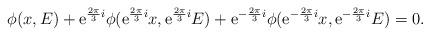
LaTeX: \begin{align*}\phi(x,E)+{\rm e}^{\frac{2\pi}{3}i} \phi({\rm e}^{\frac{2\pi}{3}i} x, {\rm e}^{\frac{2\pi}{3}i} E) +{\rm e}^{-\frac{2\pi}{3}i} \phi({\rm e}^{-\frac{2\pi}{3}i} x, {\rm e}^{-\frac{2\pi}{3}i} E) =0.\end{align*}